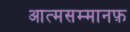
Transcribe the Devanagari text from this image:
आत्मसम्मानफ़